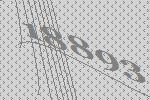
18893